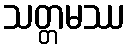
သတ္တမဿ